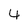
Character: 4